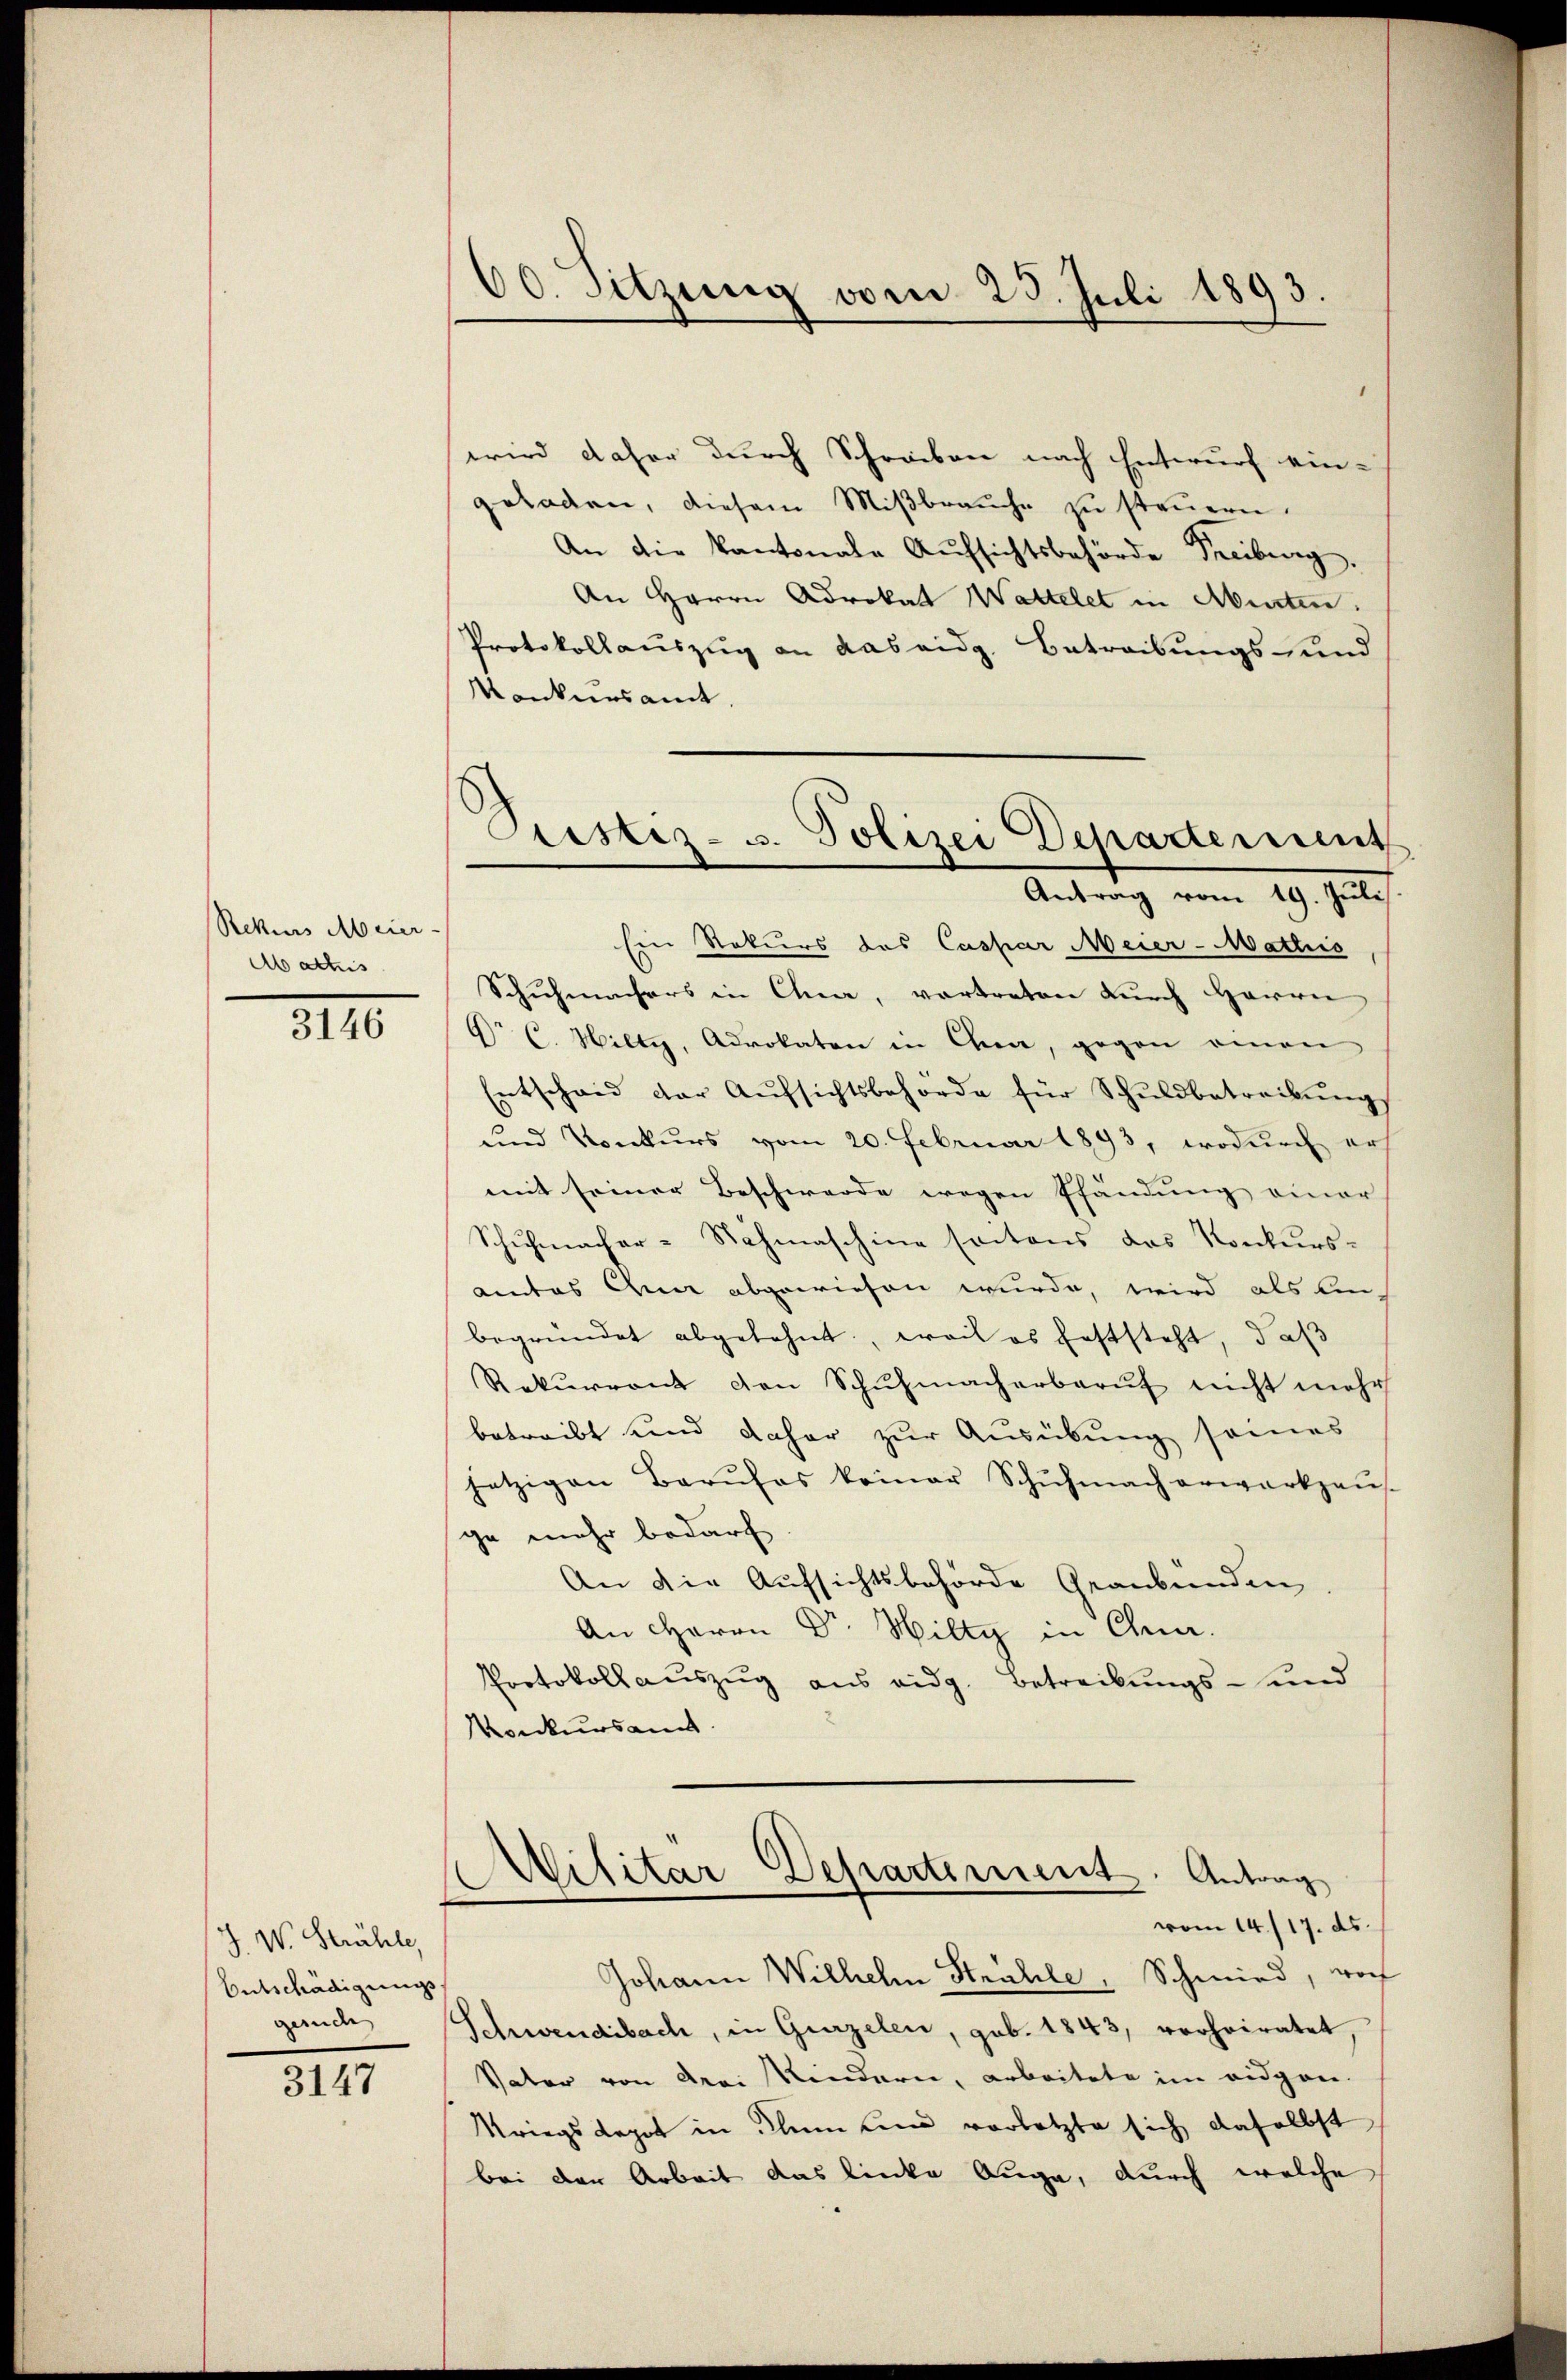
Rekurs Meier-
Mathis

3146

J. W. Strähle
Entschädigungs
gande

3147

60. Sitzung vom 25. Juli 1893.

wird daher durch Schreiben nach Entwurf ein-
geladen, diesem Miβbraŭche zŭ steŭern.
An die Kantonale Aufsichtsbehörde Freiburg,
An Herrn Advokat Wattelet in Murten.
Protokollauszug an das eidg. Betreibungs- und
Konkursamt.
Ein Rekurs des Caspar Meier-Mattis
Schuhmachers in Chia, vortreten durch Herrn
Dr C. Hilty, Advokaten in Chia, gegen einen
Entschaid der Aŭfsichtsbehörde für Schŭldbetreibŭng
und Konkurs vom 20. Februar 1893, wodurch ers
mit seiner Beschwerde wegen Pfändung einer
Schŭhmacher-Sahmaschine Cantons das Konkurs-
amtes Chur abgewiesen wurde, wird als einbegründet abgelehnt, weil es feststeht, daß
Rekŭrrent den Schŭhmacherberŭf nicht mehr
betreibt und daher zur Ausübung seines
jetzigen Barŭfos keiner Schŭhmach erwarkzaŭs.
ge mehr bedarf
An die Aufsichtsbehörde Graubünden
An Herrn Dr. Wilty in Chue.
Protokoll aŭszŭg ans eidg. Betreibŭngs- und
Konkursant.

Pristes- u. Polizei Departement
Antrag vom 19. Juli

Militar Departement. Antrag
vom 14./17. ds.

Johann Wilhelm Strahle, Schmied, wor
Schwendibach, in Gurzelen, geb. 1843, verheiratet,
Vater von drei Kindern, arbeitete im eidgen.
Kriegs depot in Klin und vorletzte sich daselbst
bei der Arbeit das linke Auge, durch welche